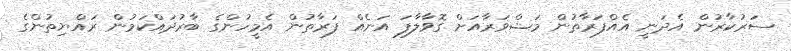
ސަރުކާރުން އެދަނީ އެއްފަރާތުން މަޝްވަރާއަށް ގޮވާލާފަ އަނެއް ފަރާތުން އެމީހުންގެ ބާރުދައްކަމުން ރައްޔިތުންގެ